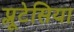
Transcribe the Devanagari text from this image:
प्लूटेसिया